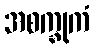
အစက္ခုကံ